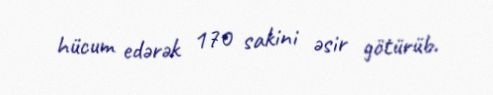
hücum edərək 170 sakini əsir götürüb.